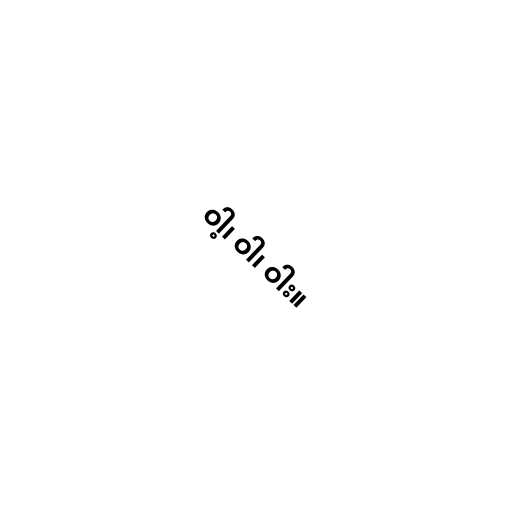
ဝါ့၊ ဝါ၊ ဝါး။